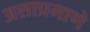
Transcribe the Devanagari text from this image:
अशाप्रमाणे